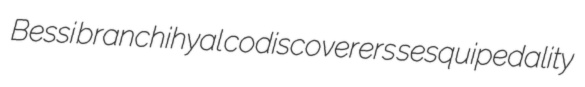
Bessi branchihyal codiscoverers sesquipedality